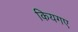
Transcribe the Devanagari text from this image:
कियगए